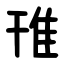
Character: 䧲